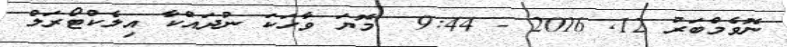
ނޮވެމްބަރު 12